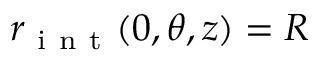
r _ { \mathrm { ~ i ~ n ~ t ~ } } ( 0 , \theta , z ) = R